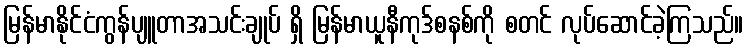
မြန်မာနိုင်ငံကွန်ပျူတာအသင်းချုပ် ရှိ မြန်မာယူနီကုဒ်စနစ်ကို စတင် လုပ်ဆောင်ခဲ့ကြသည်။